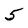
Character: 5